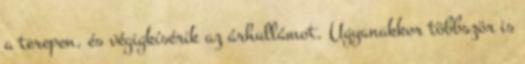
a terepen, és végigkísérik az árhullámot. Ugyanakkor többször is